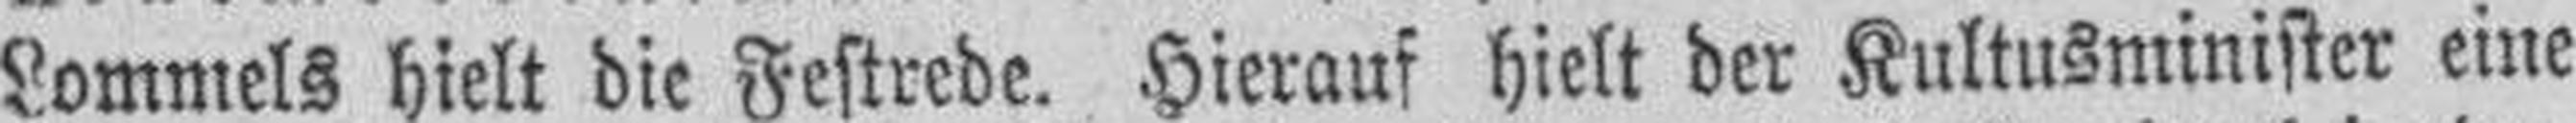
Lommels hielt die Festrede. Hierauf hielt der Kultusminister eine